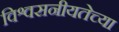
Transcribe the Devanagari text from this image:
विश्वसनीयतेच्या